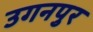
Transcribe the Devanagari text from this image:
उगनपुर